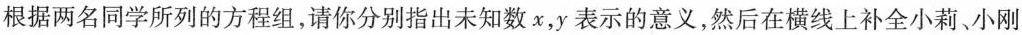
根据两名同学所列的方程组，请你分别指出未知数x，y表示的意义，然后在横线上补全小莉、小刚